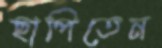
ছাপিতেন